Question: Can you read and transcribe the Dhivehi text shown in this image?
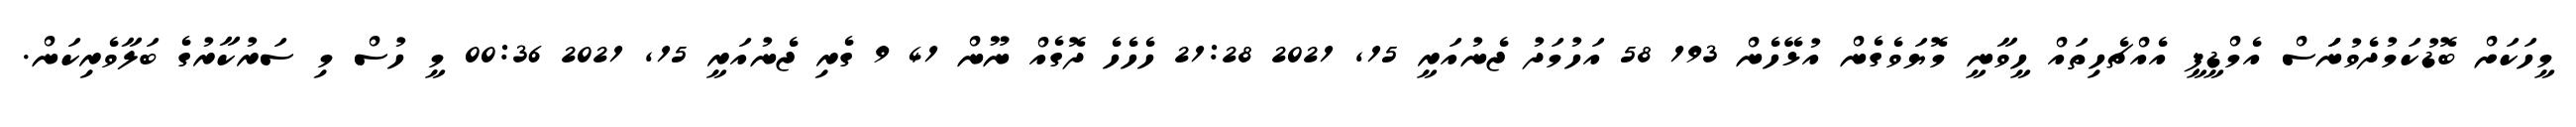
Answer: މީހަކަށް ބޮޑުކަމުދެވުނަަަސް އެމްޑީޕީ އެއްޗެހިތައް ހީވާނީ މޮޔަވެގެން އުޅޭހެން 193 58 އަހުމަދު ޖެނުއަރީ 15, 2021 21:28 ހެހެހެ ދޮގެއް ނޫން 41 9 ގެރި ޖެނުއަރީ 15, 2021 00:36 މީ ހުސް މި ސަރުކާރުގެ ބަލާވެރިކަން.